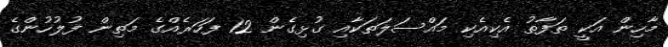
މާހިން އަކީ ތަފާތު އެކިއެކި މައްސަލަތަކާއި ގުޅިގެން 12 ފަހަރެއްގެ މަތިން ފުލުހުންގެ